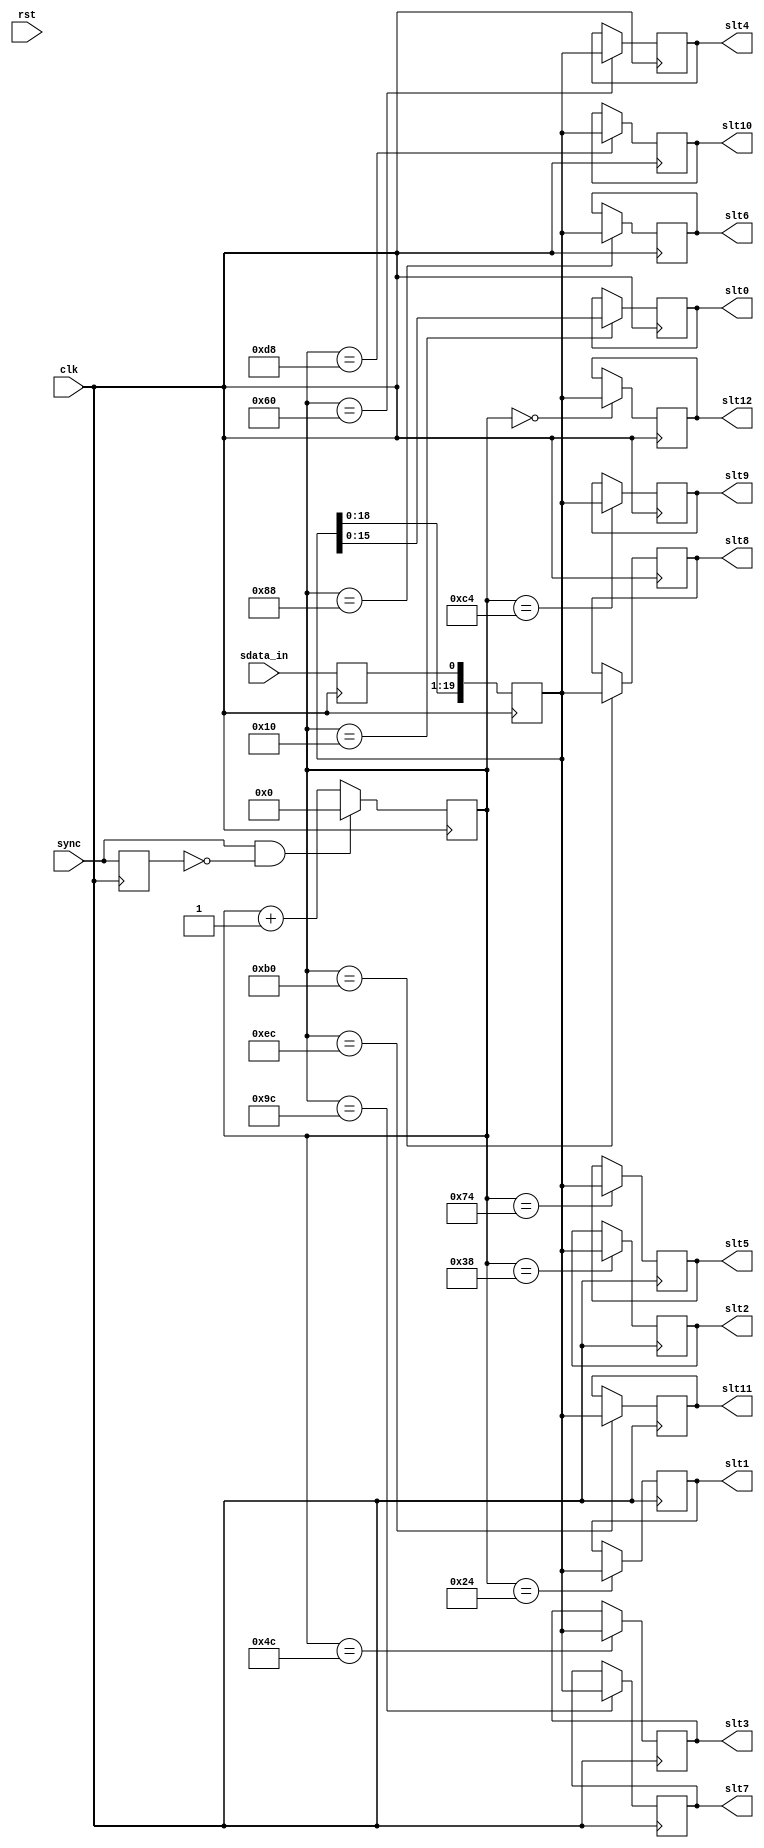
/////////////////////////////////////////////////////////////////////
////                                                             ////
////  WISHBONE AC 97 Codec                                       ////
////  Serial Input Block                                         ////
////                                                             ////
////                                                             ////
////          rudi@asics.ws                                      ////
////                                                             ////
////                                                             ////
////  Downloaded from: http://www.opencores.org/cores/ac97_ctrl/ ////
////                                                             ////
/////////////////////////////////////////////////////////////////////
////                                                             ////
//// Copyright (C) 2000-2002 Rudolf Usselmann                    ////
////                         www.asics.ws                        ////
////                         rudi@asics.ws                       ////
////                                                             ////
//// This source file may be used and distributed without        ////
//// restriction provided that this copyright statement is not   ////
//// removed from the file and that any derivative work contains ////
//// the original copyright notice and the associated disclaimer.////
////                                                             ////
////     THIS SOFTWARE IS PROVIDED ``AS IS'' AND WITHOUT ANY     ////
//// EXPRESS OR IMPLIED WARRANTIES, INCLUDING, BUT NOT LIMITED   ////
//// TO, THE IMPLIED WARRANTIES OF MERCHANTABILITY AND FITNESS   ////
//// FOR A PARTICULAR PURPOSE. IN NO EVENT SHALL THE AUTHOR      ////
//// OR CONTRIBUTORS BE LIABLE FOR ANY DIRECT, INDIRECT,         ////
//// INCIDENTAL, SPECIAL, EXEMPLARY, OR CONSEQUENTIAL DAMAGES    ////
//// (INCLUDING, BUT NOT LIMITED TO, PROCUREMENT OF SUBSTITUTE   ////
//// GOODS OR SERVICES; LOSS OF USE, DATA, OR PROFITS; OR        ////
//// BUSINESS INTERRUPTION) HOWEVER CAUSED AND ON ANY THEORY OF  ////
//// LIABILITY, WHETHER IN  CONTRACT, STRICT LIABILITY, OR TORT  ////
//// (INCLUDING NEGLIGENCE OR OTHERWISE) ARISING IN ANY WAY OUT  ////
//// OF THE USE OF THIS SOFTWARE, EVEN IF ADVISED OF THE         ////
//// POSSIBILITY OF SUCH DAMAGE.                                 ////
////                                                             ////
/////////////////////////////////////////////////////////////////////

//  CVS Log
//
//  $Id: ac97_codec_sin.v,v 1.2 2002-09-19 06:36:19 rudi Exp $
//
//  $Date: 2002-09-19 06:36:19 $
//  $Revision: 1.2 $
//  $Author: rudi $
//  $Locker:  $
//  $State: Exp $
//
// Change History:
//               $Log: not supported by cvs2svn $
//               Revision 1.1  2002/02/13 08:22:32  rudi
//
//               Added test bench for public release
//
//
//
//


module ac97_codec_sin(clk, rst,

	sync,
	slt0, slt1, slt2, slt3, slt4, slt5,
	slt6, slt7, slt8, slt9, slt10, slt11, slt12,

	sdata_in
	);

input		clk, rst;

// --------------------------------------
// Misc Signals
input		sync;
output	[15:0]	slt0;
output	[19:0]	slt1;
output	[19:0]	slt2;
output	[19:0]	slt3;
output	[19:0]	slt4;
output	[19:0]	slt5;
output	[19:0]	slt6;
output	[19:0]	slt7;
output	[19:0]	slt8;
output	[19:0]	slt9;
output	[19:0]	slt10;
output	[19:0]	slt11;
output	[19:0]	slt12;

// --------------------------------------
// AC97 Codec Interface
input		sdata_in;

////////////////////////////////////////////////////////////////////
//
// Local Wires
//

reg		sdata_in_r;
reg	[19:0]	sr;

reg	[15:0]	slt0;
reg	[19:0]	slt1;
reg	[19:0]	slt2;
reg	[19:0]	slt3;
reg	[19:0]	slt4;
reg	[19:0]	slt5;
reg	[19:0]	slt6;
reg	[19:0]	slt7;
reg	[19:0]	slt8;
reg	[19:0]	slt9;
reg	[19:0]	slt10;
reg	[19:0]	slt11;
reg	[19:0]	slt12;

wire	[12:0]	le;

////////////////////////////////////////////////////////////////////
//
// Latch Enable logic
//

// Sync Edge Detector
reg		sync_r;
wire		sync_e;

always @(posedge clk)
	sync_r <= #1 sync;

assign sync_e = sync & !sync_r;

// Frame Counter
reg	[7:0]	cnt;

always @(posedge clk)
	if(sync_e)	cnt <= #1 0;
	else		cnt <= #1 cnt + 1;

assign le[0] = (cnt == 16);
assign le[1] = (cnt == 36);
assign le[2] = (cnt == 56);
assign le[3] = (cnt == 76);
assign le[4] = (cnt == 96);
assign le[5] = (cnt == 116);
assign le[6] = (cnt == 136);
assign le[7] = (cnt == 156);
assign le[8] = (cnt == 176);
assign le[9] = (cnt == 196);
assign le[10] = (cnt == 216);
assign le[11] = (cnt == 236);
assign le[12] = (cnt == 0);

////////////////////////////////////////////////////////////////////
//
// Output registers
//

always @(posedge clk)
	if(le[0])	slt0 <= #1 sr[15:0];

always @(posedge clk)
	if(le[1])	slt1 <= #1 sr;

always @(posedge clk)
	if(le[2])	slt2 <= #1 sr;

always @(posedge clk)
	if(le[3])	slt3 <= #1 sr;

always @(posedge clk)
	if(le[4])	slt4 <= #1 sr;

always @(posedge clk)
	if(le[5])	slt5 <= #1 sr;

always @(posedge clk)
	if(le[6])	slt6 <= #1 sr;

always @(posedge clk)
	if(le[7])	slt7 <= #1 sr;

always @(posedge clk)
	if(le[8])	slt8 <= #1 sr;

always @(posedge clk)
	if(le[9])	slt9 <= #1 sr;

always @(posedge clk)
	if(le[10])	slt10 <= #1 sr;

always @(posedge clk)
	if(le[11])	slt11 <= #1 sr;

always @(posedge clk)
	if(le[12])	slt12 <= #1 sr;

////////////////////////////////////////////////////////////////////
//
// Serial Shift Register
//

always @(negedge clk)
	sdata_in_r <= #1 sdata_in;

always @(posedge clk)
	sr <= #1 {sr[18:0], sdata_in_r };

endmodule